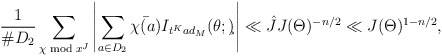
\begin{align*}\frac{1}{\#D_2}\sum_{\chi \bmod{x^J}}\left|\sum_{a\in D_2}\bar{\chi(a)}I_{t^Kad_M}(\theta;\c)\right|&\ll \hat J J(\Theta)^{-n/2}\ll J(\Theta)^{1-n/2} ,\end{align*}